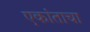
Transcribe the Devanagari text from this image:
एकांताचा